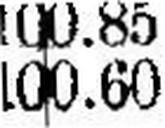
100.60